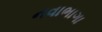
નવાભાગા